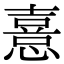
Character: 憙